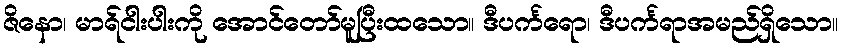
ဇိနော၊ မာရ်ငါးပါးကို အောင်တော်မူပြီးထသော။ ဒီပင်္ကရော၊ ဒီပင်္ကရာအမည်ရှိသော။